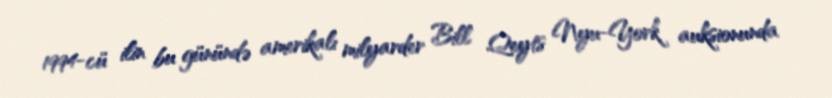
1994-cü ilin bu günündə amerikalı milyarder Bill Qeyts Nyu-York auksionunda